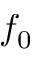
f _ { 0 }